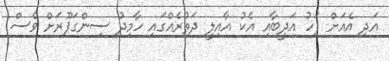
އަދި އެއަށް ފަހު އަދީބާއި އެކު އާއިލީ ދަތުރެއްގައި ހާމިދު ސިންގަޕޫރަށް ވެސް